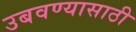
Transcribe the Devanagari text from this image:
उबवण्यासाठी